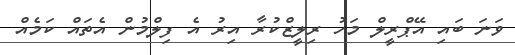
ވަނަ ބައި އޭޕްރީލް މަހު ރިލީޒްކުރާ އިރު އެ ފިލްމުން އެތައް ކަމެއް